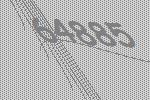
64885